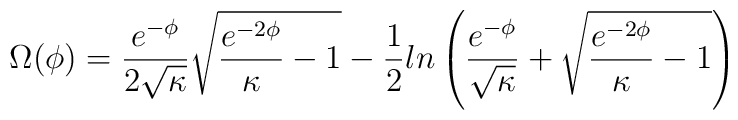
\Omega(\phi) = \frac{e^{-\phi}}{2 \sqrt{\kappa}} \sqrt{\frac{e^{-2\phi}}{\kappa} - 1 } - \frac{1}{2} ln \left(\frac{e^{-\phi}}{ \sqrt{\kappa}} + \sqrt{\frac{e^{-2\phi}}{\kappa} - 1 } \right)